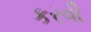
કરવી